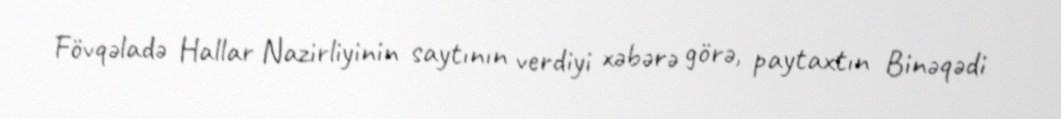
Fövqəladə Hallar Nazirliyinin saytının verdiyi xəbərə görə, paytaxtın Binəqədi